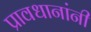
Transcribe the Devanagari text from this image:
प्रावधानांनी